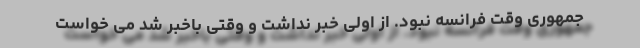
جمهوری وقت فرانسه نبود. از اولی خبر نداشت و وقتی باخبر شد می خواست